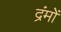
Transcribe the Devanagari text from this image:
द्रंमों